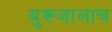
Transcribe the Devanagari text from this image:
बुरूजालाच